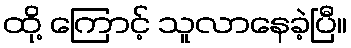
ထို့ ကြောင့် သူလာနေခဲ့ပြီ။